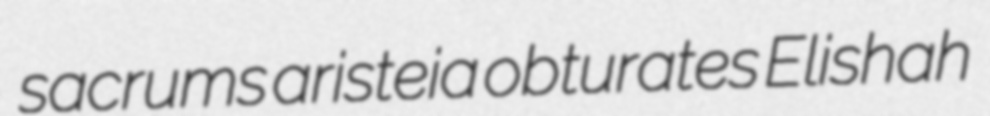
sacrums aristeia obturates Elishah